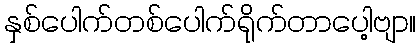
နှစ်ပေါက်တစ်ပေါက်ရိုက်တာပေါ့ဗျာ။